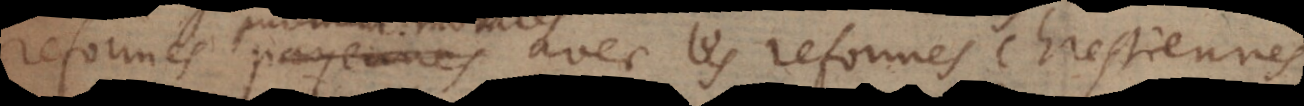
morales avec les reformes chrestiennes.